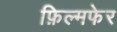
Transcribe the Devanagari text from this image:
फ़िल्मफेर